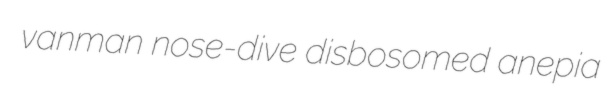
vanman nose-dive disbosomed anepia